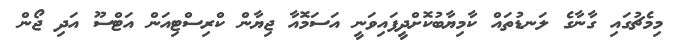
މިމެޗުގައި ގާނާގެ ލަނޑުތައް ކާމިޔާބުކޮށްދީފައިވަނީ އަސަމޮއާ ޖިޔާން ކްރިސްޓިއަން އަޓްސޫ އަދި ޖޯން